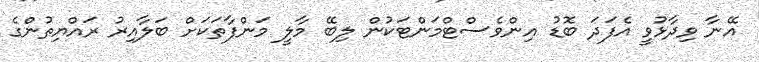
އޭނާ ވިދާޅުވީ އެފަދަ ބޮޑު އިންވެސްޓްމަންޓަކުން ލިބޭ މާލީ މަންފާތަކަށް ބަލާއިރު ރައްޔިތުންގެ